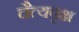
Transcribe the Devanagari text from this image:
चैत्यवृक्ष